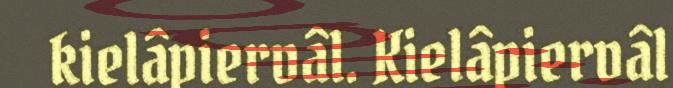
kielâpiervâl. Kielâpiervâl